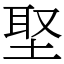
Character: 埾